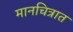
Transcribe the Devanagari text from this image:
मानचित्रात